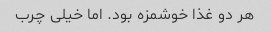
هر دو غذا خوشمزه بود. اما خیلی چرب